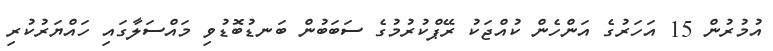
އުމުރުން 15 އަހަރުގެ އަންހެން ކުއްޖަކު ރޭޕްކުރުމުގެ ސަބަބުން ބަނޑުބޮޑުވި މައްސަލާގައި ހައްޔަރުކުރި